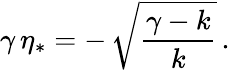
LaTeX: \gamma\, \eta_{*}=-\, \sqrt{\frac{\gamma-k}{k}}\, .